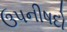
ઉપનીષદો